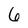
Character: 6